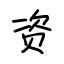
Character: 资